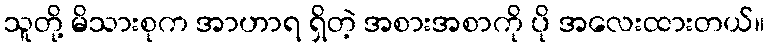
သူတို့ မိသားစုက အာဟာရ ရှိတဲ့ အစားအစာကို ပို အလေးထားတယ်။